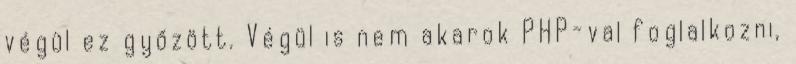
végül ez győzött. Végül is nem akarok PHP-val foglalkozni,